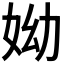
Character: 𡛙